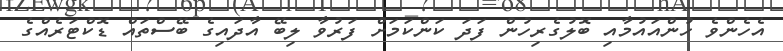
އެހެންވެ ހުންއައުމާއި ބޮލުގެރިހުން ފަދަ ކަންކަމަށް ފަރުވާ ލިބޭ އާދައިގެ ބޭސްތައް ޑޮކްޓަރެއްގެ